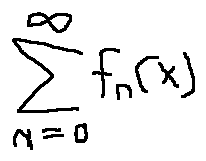
\sum \limits _ { n = 0 } ^ { \infty } f _ { n } ( x )